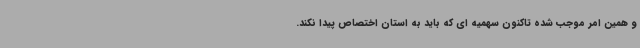
و همین امر موجب شده تاکنون سهمیه ای که باید به استان اختصاص پیدا نکند.